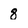
Character: 8